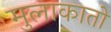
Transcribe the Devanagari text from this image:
मुलाकातो